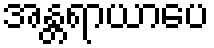
အန္တရာယာပေ